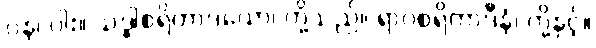
ပန၊ ပါး။ သဒ္ဓါစရိတာဒယော၊ တို့သည်။ ရာဂစရိတာဒီနံ၊ တို့နှင့်။